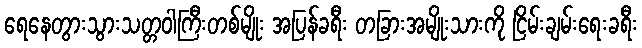
ရေနေတွားသွားသတ္တဝါကြီးတစ်မျိုး အပြန်ခရီး တခြားအမျိုးသားကို ငြိမ်းချမ်းရေးခရီး